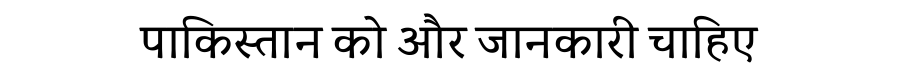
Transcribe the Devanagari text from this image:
पाकिस्तान को और जानकारी चाहिए